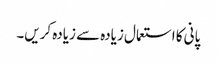
پانی کا استعمال زیادہ سے زیادہ کریں۔